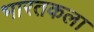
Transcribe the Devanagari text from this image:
भारतकला